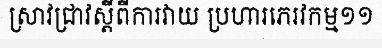
ស្រាវជ្រាវស្តីពីការវាយ ប្រហារភេរវកម្ម១១